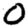
Digit: 0